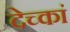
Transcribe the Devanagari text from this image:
देच्कां